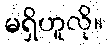
မရှိဟူလို။